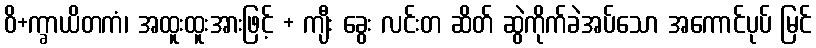
ဝိ+က္ခာယိတကံ၊ အထူးထူးအားဖြင့် + ကျီး ခွေး လင်းတ ဆိတ် ဆွဲကိုက်ခဲအပ်သော အကောင်ပုပ် မြင်